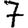
Digit: 7